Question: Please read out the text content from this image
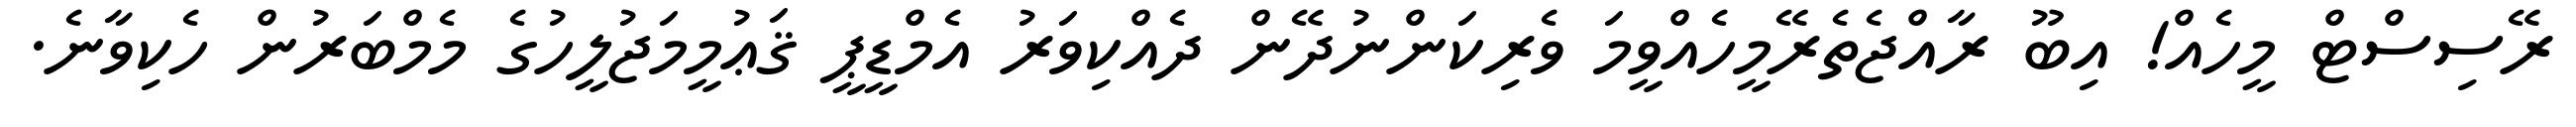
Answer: ރޭސިސްޓް މީހެއް! އިބޫ ރާއްޖެތެރޭމީހެއްވީމަ ވެރިކަންނުދޭން ދެއްކިވަރު އެމްޑީޕީ ޤަޢުމީމަޖުލީހުގެ މެމްބަރުން ހެކިވާނެ.